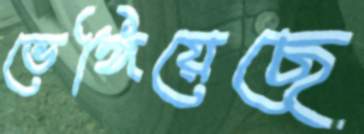
ভেঙ্গিয়েছে